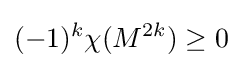
(-1)^{k}\chi (M^{2k})\geq 0